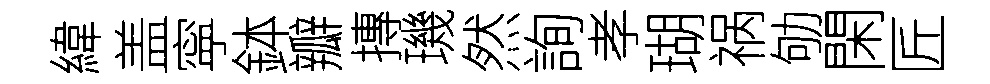
緯盖寜鉢瓣摶璣然詢孝瑚祸劬閑匠